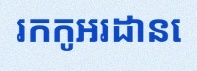
រកកូអរដោនេ